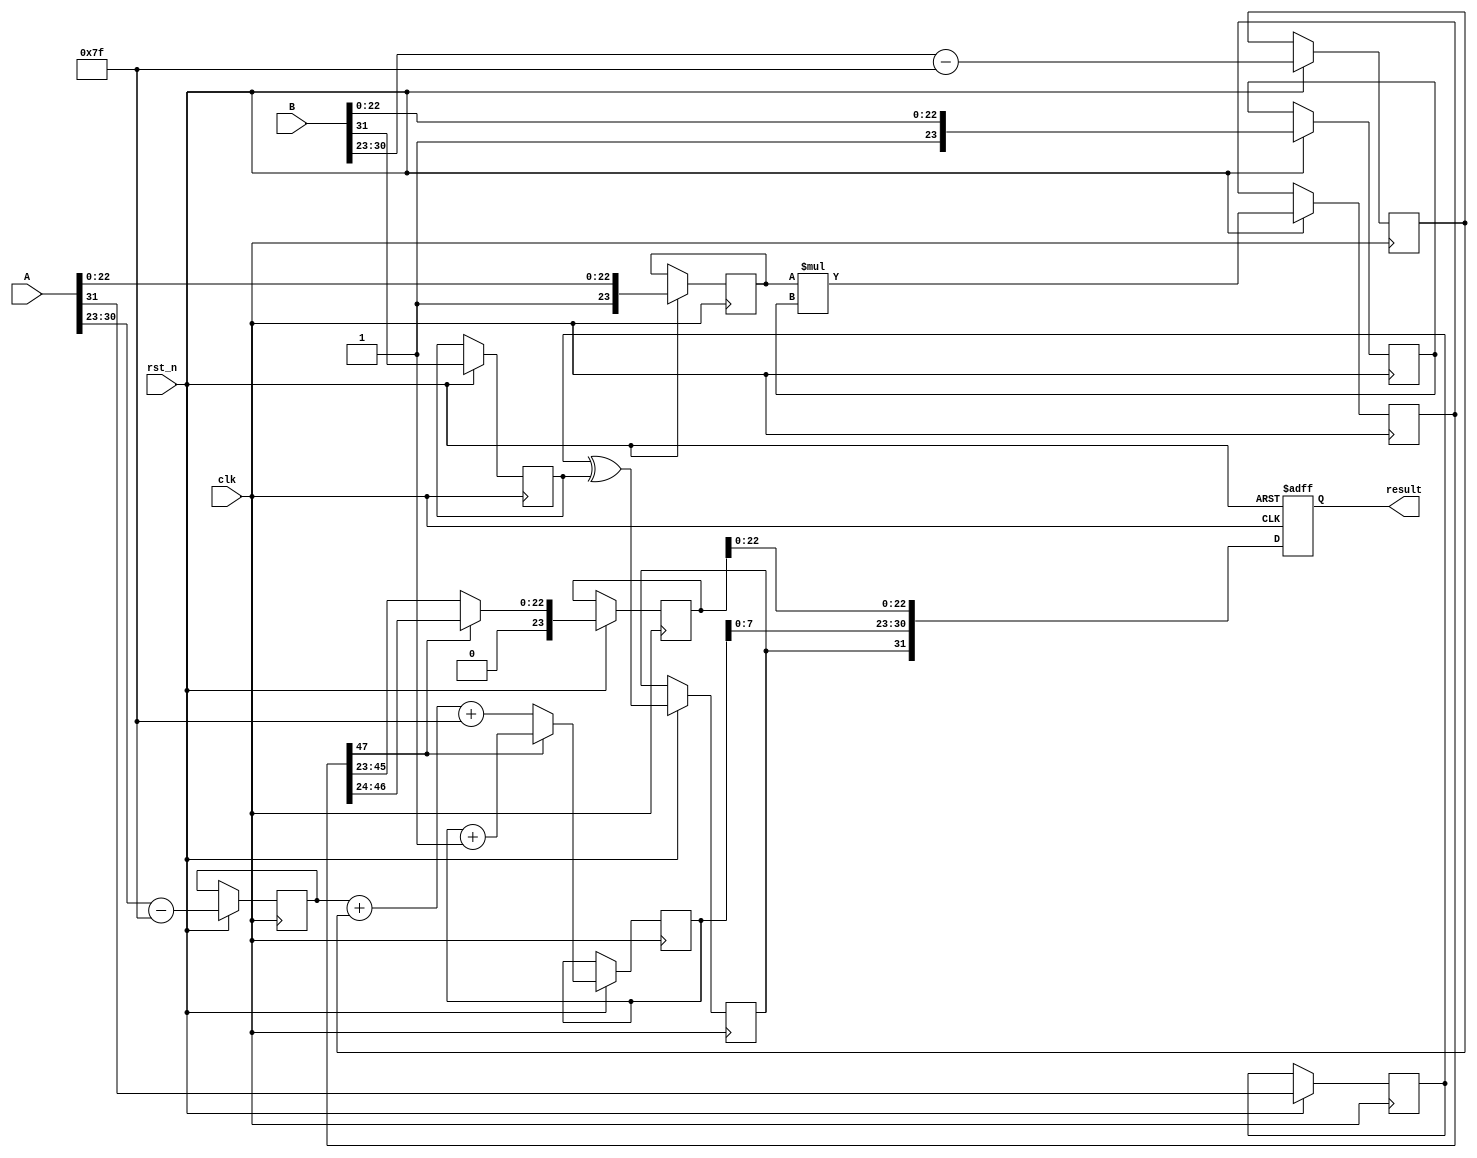
module fp_multiplier (
    input wire clk,
    input wire rst_n,
    input wire [31:0] A, // First floating-point input
    input wire [31:0] B, // Second floating-point input
    output reg [31:0] result // Resulting floating-point output
);

    // Internal signals
    reg [7:0] expA, expB, expResult;
    reg [23:0] mantA, mantB, mantResult;
    reg signA, signB, signResult;
    reg [47:0] mantProduct; // 24 + 24 bits for mantissa product
    reg [8:0] expTemp; // Temporary exponent for normalization

    // Decompose inputs
    always @(posedge clk or negedge rst_n) begin
        if (!rst_n) begin
            result <= 32'b0;
        end else begin
            // Decompose A
            signA <= A[31];
            expA <= A[30:23] - 8'd127; // Remove bias
            mantA <= {1'b1, A[22:0]}; // Add implicit leading 1

            // Decompose B
            signB <= B[31];
            expB <= B[30:23] - 8'd127; // Remove bias
            mantB <= {1'b1, B[22:0]}; // Add implicit leading 1

            // Multiply mantissas
            mantProduct <= mantA * mantB;

            // Calculate resulting exponent
            expTemp <= expA + expB + 8'd127; // Add bias back

            // Normalize mantissa
            if (mantProduct[47]) begin
                // If the product is greater than 1, shift right
                mantResult <= mantProduct[46:24]; // Right shift
                expTemp <= expTemp + 1; // Increment exponent
            end else begin
                // If the product is less than 1, shift left
                mantResult <= mantProduct[45:23]; // Left shift
                // No change to exponent
            end

            // Determine sign of the result
            signResult <= signA ^ signB;

            // Assemble result
            result <= {signResult, expTemp[7:0], mantResult[22:0]};
        end
    end

endmodule